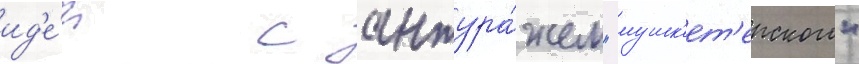
ид'е́и с антура́жем "мушк'ет'ерского"